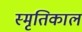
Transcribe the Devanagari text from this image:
स्मृतिकाल